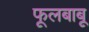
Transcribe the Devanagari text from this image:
फूलबाबू